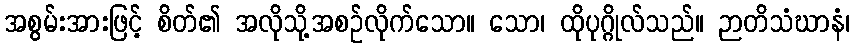
အစွမ်းအားဖြင့် စိတ်၏ အလိုသို့အစဉ်လိုက်သော။ သော၊ ထိုပုဂ္ဂိုလ်သည်။ ဉာတိသံဃာနံ၊